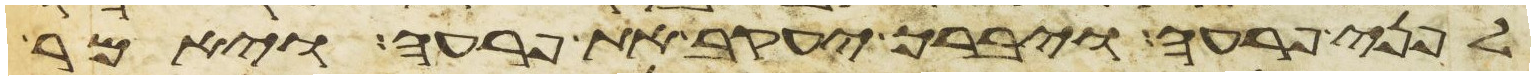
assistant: לפני פרעה ויברך יעקב את פרעה ויאמר